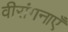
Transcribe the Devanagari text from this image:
वीरांगनाएँ